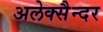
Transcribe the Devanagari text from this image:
अलेक्सैन्दर